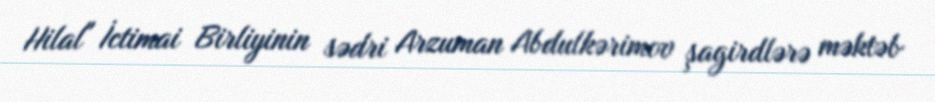
Hilal" İctimai Birliyinin sədri Arzuman Abdulkərimov şagirdlərə məktəb